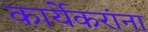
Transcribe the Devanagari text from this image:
कार्येकरांना